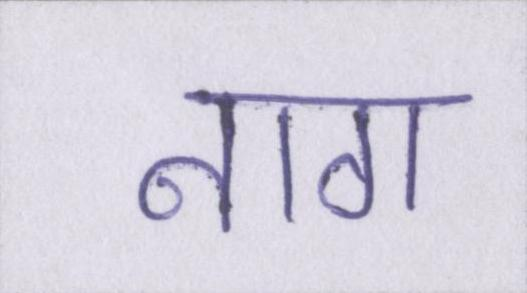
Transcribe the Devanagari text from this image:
नाग